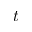
t